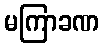
မကြာခဏ